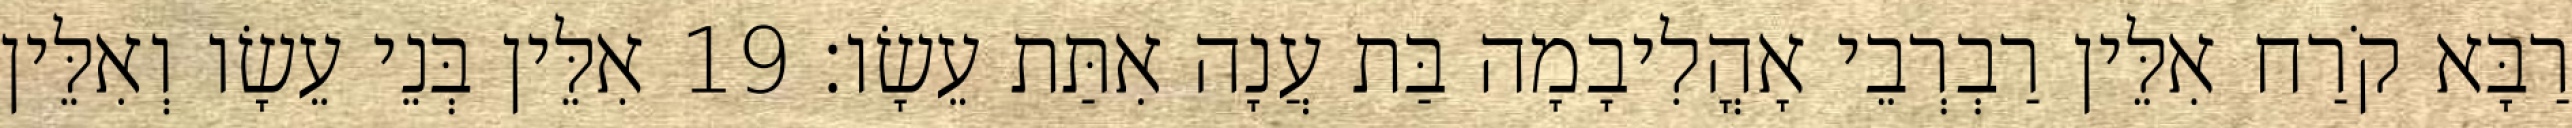
רַבָּא קֹרַח אִלֵּין רַבְרְבֵי אָהֳלִיבָמָה בַּת עֲנָה אִתַּת עֵשָׂו׃ 19 אִלֵּין בְּנֵי עֵשָׂו וְאִלֵּין